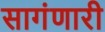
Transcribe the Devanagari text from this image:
सागंणारी